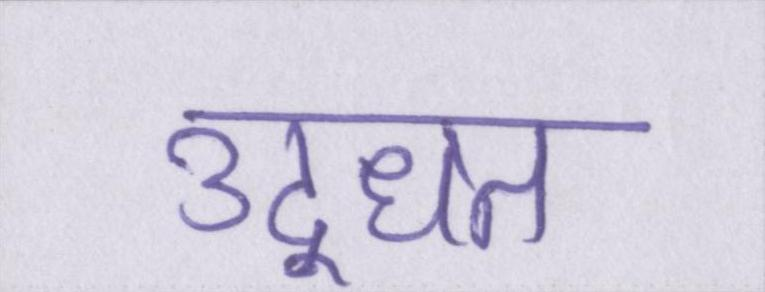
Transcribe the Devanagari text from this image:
उद्धृत